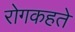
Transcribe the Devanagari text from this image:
रोगकहते